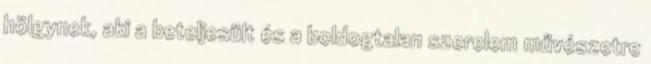
hölgynek, aki a beteljesült és a boldogtalan szerelem művészetre